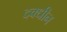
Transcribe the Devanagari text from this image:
दक्धीन